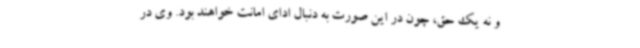
و نه یک حق، چون در این صورت به دنبال ادای امانت خواهند بود. وی در